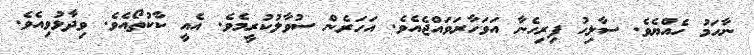
ނާހަމު ހެއްޔެވެ. ސާލިޙު ފިރިހެނާ އަވަހާރަވައްޖެއެވެ. އަހަރެން ސުވާލުކުރީމެވެ. އެއީ ކާކުތޯއެވެ. ވިދާޅުވިއެވެ.